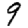
Digit: 9